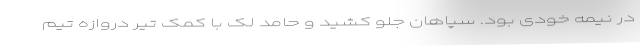
در نیمه خودی بود. سپاهان جلو کشید و حامد لک با کمک تیر دروازه تیم